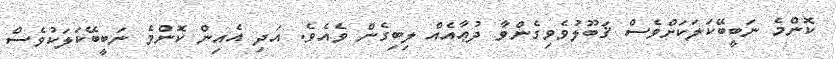
ކޮންމެ ނަބީބޭކަލަކަށްވެސް ޤަބޫލުވެވިގެންވާ ދުޢާއެއް ލިބިގެން ވެއެވެ. އަދި އެއިން ކޮންމެ ނަބީބޭކަލަކުވެސް